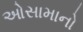
ઓસામાનો